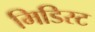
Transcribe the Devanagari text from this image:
मिडिस्ट